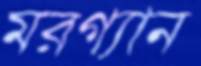
মরগ্যান